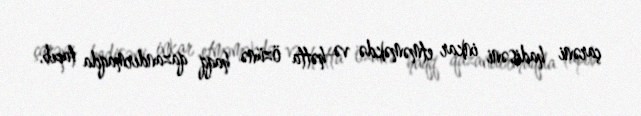
çarəni hadisəni inkar etməməkdə və hətta özünə haqq qazandırmaqda tapıb.